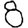
Digit: 8